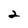
Character: 2